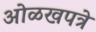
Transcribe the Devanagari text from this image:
ओळखपत्रे